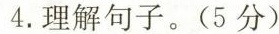
4.理解句子。(5分)